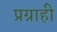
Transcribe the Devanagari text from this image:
प्रग्राही